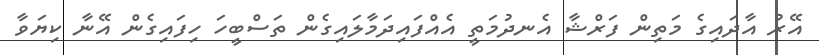
އޭރު އާދައިގެ މަތިން ފަރްޝާ އެނދުމަތީ އެއްފައިދަމާލައިގެން ތަސްބީހަ ހިފައިގެން އޭނާ ކިޔަވާ